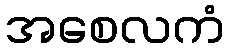
အစေလကံ